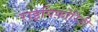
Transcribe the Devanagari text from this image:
राइपिफ़ोरिडी